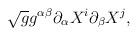
LaTeX: \begin{align*}\sqrt{g} g^{\alpha\beta}\partial_\alpha X^i \partial_\beta X^j,\end{align*}